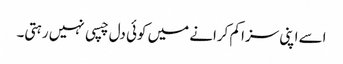
اسے اپنی سزا کم کرانے میں کوئی دل چسپی نہیں رہتی۔